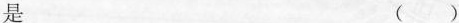
是 ()